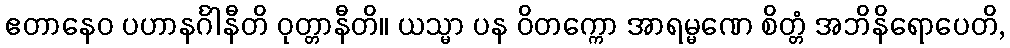
ဧတာနေဝ ပဟာနင်္ဂါနီတိ ဝုတ္တာနီတိ။ ယသ္မာ ပန ဝိတက္ကော အာရမ္မဏေ စိတ္တံ အဘိနိရောပေတိ,